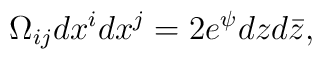
\Omega_{ij}dx^idx^j = 2e^{\psi}dzd\bar{z},